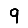
Digit: 9